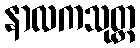
နာလကသုတ္တ